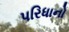
પરિધાનો